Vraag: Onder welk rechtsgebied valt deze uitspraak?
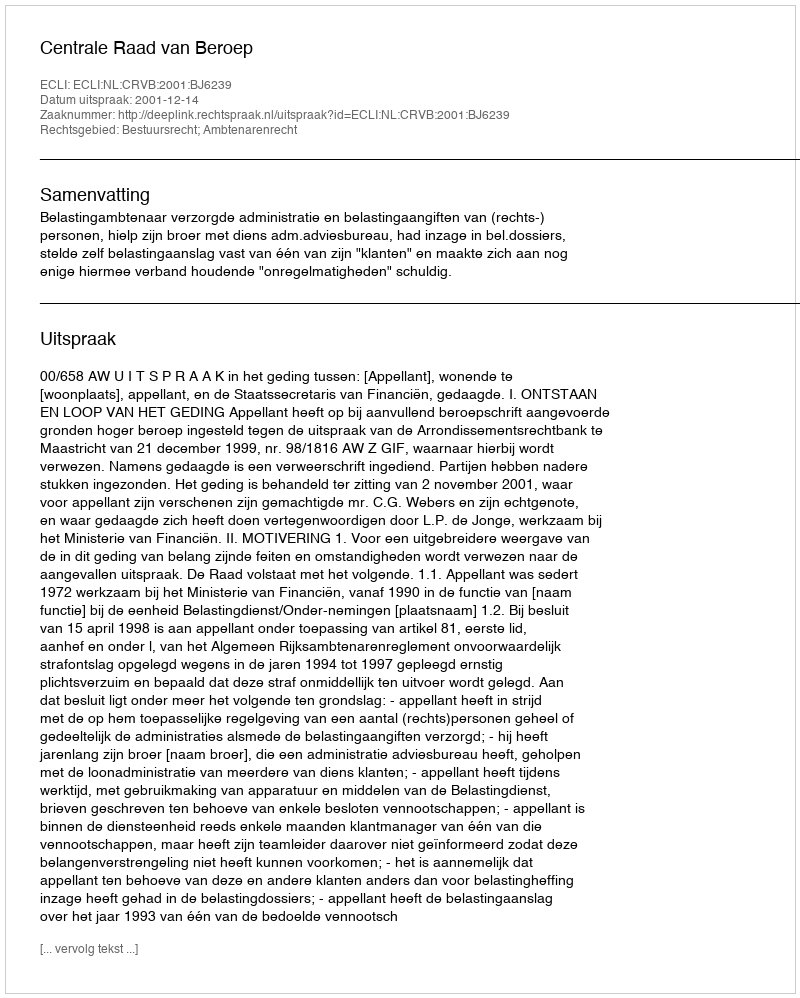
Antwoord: Bestuursrecht; Ambtenarenrecht